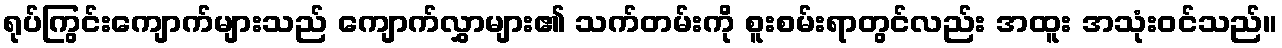
ရုပ်ကြွင်းကျောက်များသည် ကျောက်လွှာများ၏ သက်တမ်းကို စူးစမ်းရာတွင်လည်း အထူး အသုံးဝင်သည်။